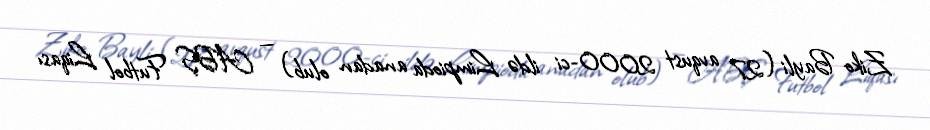
Ziko Bayli (27 avqust 2000-ci ildə Limpioda anadan olub) — ABŞ Futbol Liqası